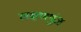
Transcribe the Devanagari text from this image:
लक्षणपुंज